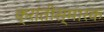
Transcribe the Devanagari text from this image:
क्रांतीस्मारक